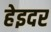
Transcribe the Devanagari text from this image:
हेइदर